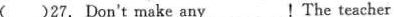
( )27. Don't make any _________!The teacher